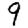
Digit: 9